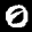
Label: 0